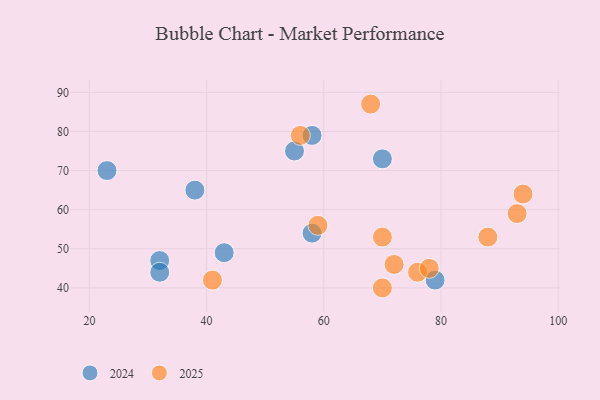
{"axis": {"x": "GDP", "y": "Life Expectancy"}, "legend": ["2024", "2025"], "data": [{"x": "70", "y": 40, "type": "2025"}, {"x": "93", "y": 59, "type": "2025"}, {"x": "88", "y": 53, "type": "2025"}, {"x": "56", "y": 79, "type": "2025"}, {"x": "76", "y": 44, "type": "2025"}, {"x": "78", "y": 45, "type": "2025"}, {"x": "68", "y": 87, "type": "2025"}, {"x": "59", "y": 56, "type": "2025"}, {"x": "41", "y": 42, "type": "2025"}, {"x": "70", "y": 53, "type": "2025"}, {"x": "94", "y": 64, "type": "2025"}, {"x": "72", "y": 46, "type": "2025"}, {"x": "38", "y": 65, "type": "2024"}, {"x": "32", "y": 47, "type": "2024"}, {"x": "43", "y": 49, "type": "2024"}, {"x": "79", "y": 42, "type": "2024"}, {"x": "70", "y": 73, "type": "2024"}, {"x": "55", "y": 75, "type": "2024"}, {"x": "58", "y": 54, "type": "2024"}, {"x": "58", "y": 79, "type": "2024"}, {"x": "23", "y": 70, "type": "2024"}, {"x": "32", "y": 44, "type": "2024"}]}